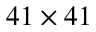
4 1 \times 4 1